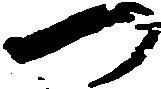
つ